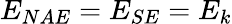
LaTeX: E_{NAE}=E_{SE}=E_{k}